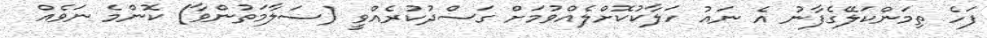
ފަހެ ތިމަންކަލޭގެފާނު އެ ނައު ހަލާކުކޮށްލެއްވުމަށް ގަސްދުކުރެއްވީ (ސަލާމަތުންވާ) ކޮންމެ ނަވެއް